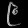
Digit: ၉